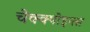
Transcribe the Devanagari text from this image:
चेक्क्पोइन्त्स